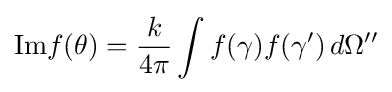
\mathrm {Im} f(\theta )={\frac {k}{4\pi }}\int f(\gamma )f(\gamma ')\,d\Omega ''